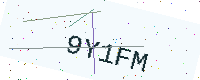
Text: 9Y1FM